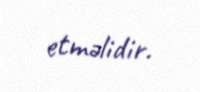
etməlidir.